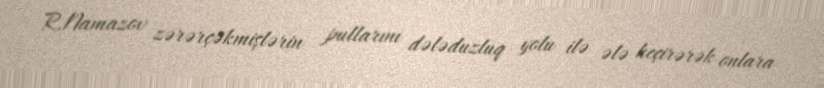
R.Namazov zərərçəkmişlərin pullarını dələduzluq yolu ilə ələ keçirərək onlara